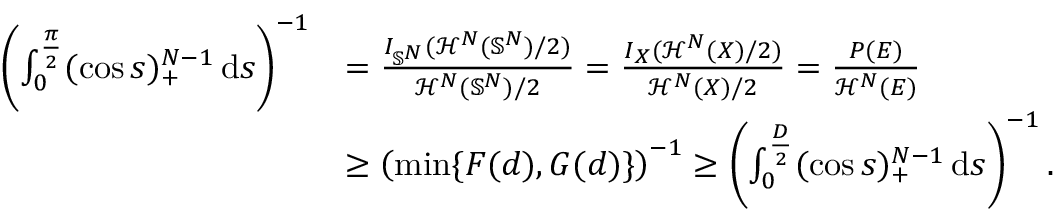
\begin{array} { r l } { \left( \int _ { 0 } ^ { \frac \pi 2 } ( \cos s ) _ { + } ^ { N - 1 } \ensuremath { \, \mathrm d } s \right) ^ { - 1 } } & { = \frac { I _ { \mathbb { S } ^ { N } } ( \mathcal { H } ^ { N } ( \mathbb { S } ^ { N } ) / 2 ) } { \mathcal { H } ^ { N } ( \mathbb { S } ^ { N } ) / 2 } = \frac { I _ { X } ( \mathcal { H } ^ { N } ( X ) / 2 ) } { \mathcal { H } ^ { N } ( X ) / 2 } = \frac { P ( E ) } { \mathcal { H } ^ { N } ( E ) } } \\ & { \ge \left( \operatorname* { m i n } \{ F ( d ) , G ( d ) \} \right) ^ { - 1 } \ge \left( \int _ { 0 } ^ { \frac { D } { 2 } } ( \cos s ) _ { + } ^ { N - 1 } \ensuremath { \, \mathrm d } s \right) ^ { - 1 } . } \end{array}